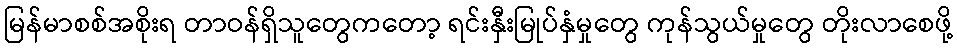
မြန်မာစစ်အစိုးရ တာဝန်ရှိသူတွေကတော့ ရင်းနှီးမြုပ်နှံမှုတွေ ကုန်သွယ်မှုတွေ တိုးလာစေဖို့